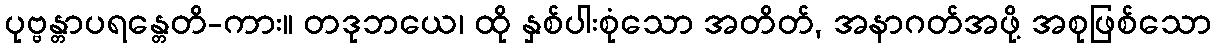
ပုဗ္ဗန္တာပရန္တေတိ-ကား။ တဒုဘယေ၊ ထို နှစ်ပါးစုံသော အတိတ်, အနာဂတ်အဖို့ အစုဖြစ်သော